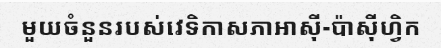
មួយចំនួនរបស់វេទិកាសភាអាស៊ី-ប៉ាស៊ីហ្វិក